Annual report on the health of the army in India
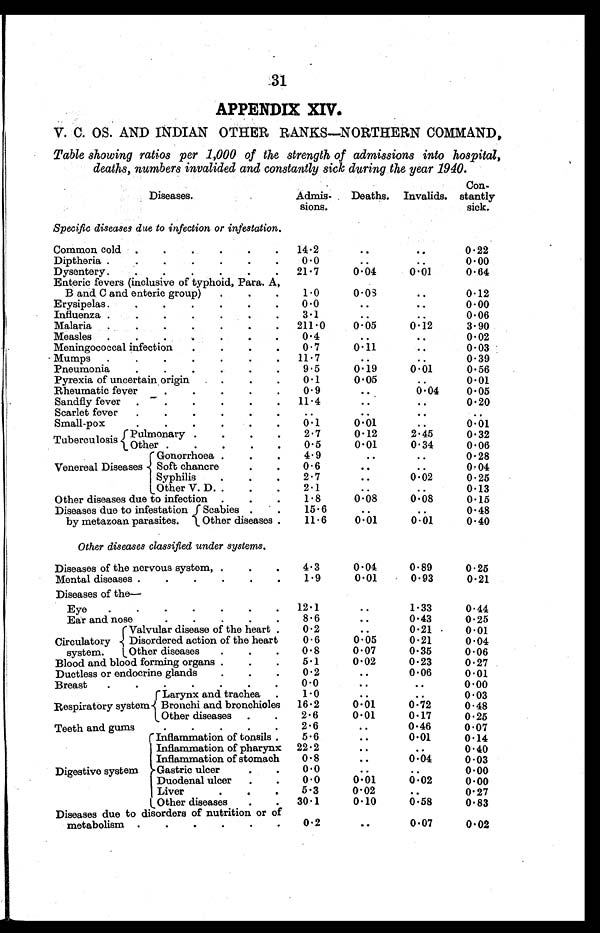
31
APPENDIX XIV.
V. C. OS. AND INDIAN OTHER RANKS—NORTHERN COMMAND,
Table showing ratios per 1,000 of the strength of admissions into hospital,
deaths, numbers invalided and constantly sick during the year 1940.
Diseases.
Admis-
sions.
Deaths. Invalids.
Con-
stantly
sick.
Specific diseases due to infection or nfestation.
Common cold . . . . .
14.2
. .
. .
0.22
Diptheria ..
. .
0.0
. .
. . 0.00
Dysentery.
. . . . . .
21.7
0.04
0.01
0.64
Enteric fevers (inclusive of typhoid, Para. A,
B and C and enteric group)
. . .
1.0
0.08
. .
0.12
Erysipelas . . . . . . .
0.0
. .
. .
0.00
Influenza . . . . . .
3.1
. .
. .
0.06
Malaria. .
. .
211.0
0.05
0.12
3.90
Measles
. . . .
0.4
. .
. .
0.02
Meningococcal infection
. . .
0.7
0.11
. .
0.03
Mumps
. . . . . . . 11.7
. .
. .
0.39
Pneumonia
. . . . .
9.5
0.19
0.01
0.56
Pyrexia of uncertain origin
. . .
0.1
0.05
. .
0.01
Rheumatic fever
. . . . .
0.9
..
0.04
0.05
Sandfly fever
. . . . . .
11.4
. .
. .
0.20
Scarlet fever
. . . . . .
. .
. .
. .
. .
S m a l l - p o x .
0.1
0.01
. .
0.01
Tuberculosis Pulmonary
. . . .
2.7
0.12
2.45
0.32
Other
. . . . .
0.5
0.01
0.34
0.06
Venereal Diseases
Gonorrhoea . . .
4.9
. .
. .
0.28
Soft chancre
. .
0.6
. .
. .
0.04
Syphilis
. . .
2.7
. .
0.02
0.25
Other V. D.. . .
2.1
. .
. .
0.13
Other diseases due to infection
. . .
1.8
0.08
0.08
0.15
Diseases due to infestation
by metazoan parasites.
Scabies
. .
1 5 . 6
. .
. .
0.48
Other diseases .
11.6
0.01
0.01
0.40
Other diseases classified under systems.
Diseases of the nervous system, . . .
4.3
0.04
0.89
0.25
Mental diseases . . . . . .
1.9
0.01
0.93
0.21
Diseases of the —
Eye
. . . . . . . 12.1
. .
1.33
0.44
Ear and nose
. . . . .
8.6
. .
0.43
0.25
Circulatory
system.
Valvular disease of the heart .
0 . 2
. .
0.21
0.01
Disordered action of the heart
0.6
0.05
0.21
0.04
Other diseases
. . .
0.8
0.07
0.35
0.06
Blood and blood forming organs . .
5.1
0.02
0.23
0.27
Ductless or endocrine glands
. . .
0.2
. .
0.06
0.01
Breast.
. . . . . .
0.0
. .
. .
0.00
Respiratory system
Larynx and trachea
.
1.0
. .
0.03
Bronchi and bronchioles 16.2
0.01
0.72
0.48
Other diseases
. .
2.6
0.01
0.17
0.25
Teeth and gums
. . . . .
2.6
. .
0.46
0.07
Digestive system
Inflammation of tonsils .
5.6
. .
0.01
0.14
Inflammation of pharynx 22.2
. .
. .
0.40
Inflammation of stomach
0.8
. .
0.04
0.03
Gastric ulcer
. .
0.0
. .
. .
0.00
Duodenal ulcer
. .
0.0
0.01
0.02
0.00
Liver
. . .
5.3
0.02
. .
0.27
Other diseases
. . 30.1
0.10
0.58
0.83
Diseases due to disorders of nutrition or of
metabolism
. . . . . .
0.2
. .
0.07
0.02